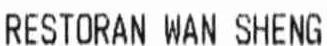
RESTORAN WAN SHENG